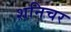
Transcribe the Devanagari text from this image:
शनिचर